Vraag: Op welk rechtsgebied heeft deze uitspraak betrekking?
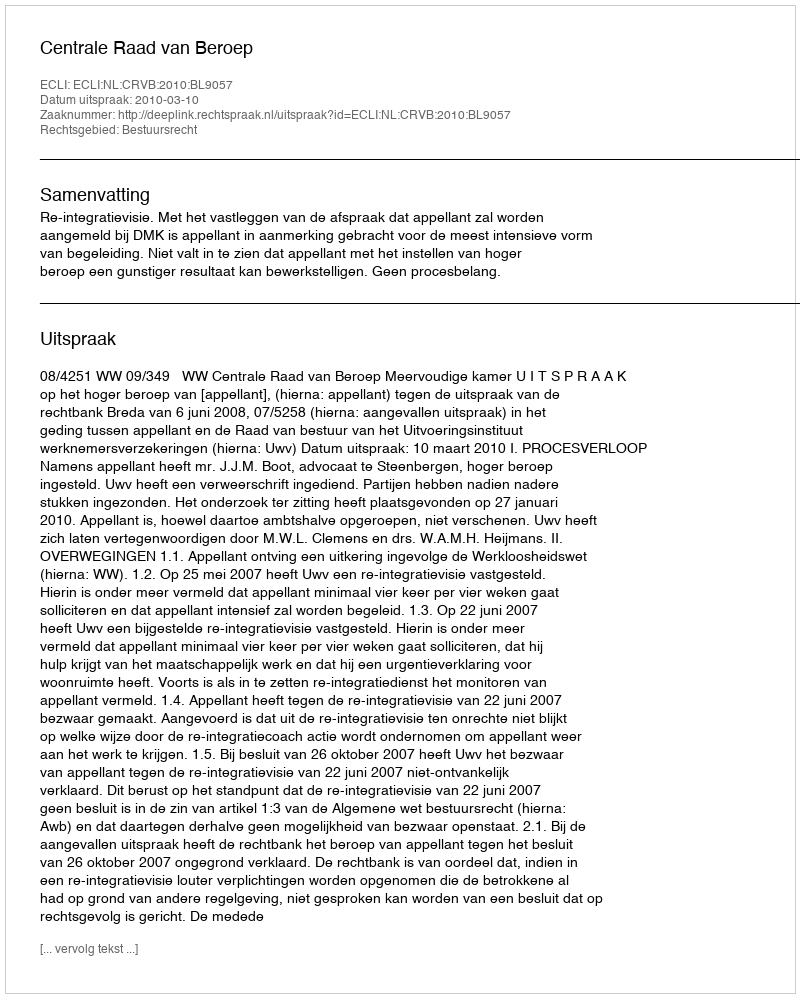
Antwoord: Bestuursrecht